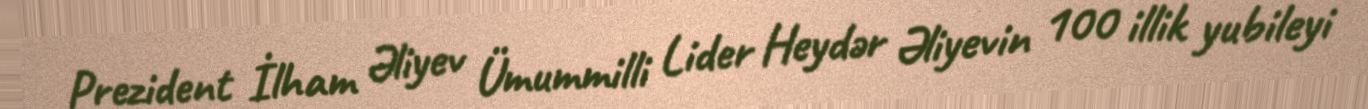
Prezident İlham Əliyev Ümummilli Lider Heydər Əliyevin 100 illik yubileyi